Calcutta medical institutions reports 1879-81 [i.e.91]
Year: 1879
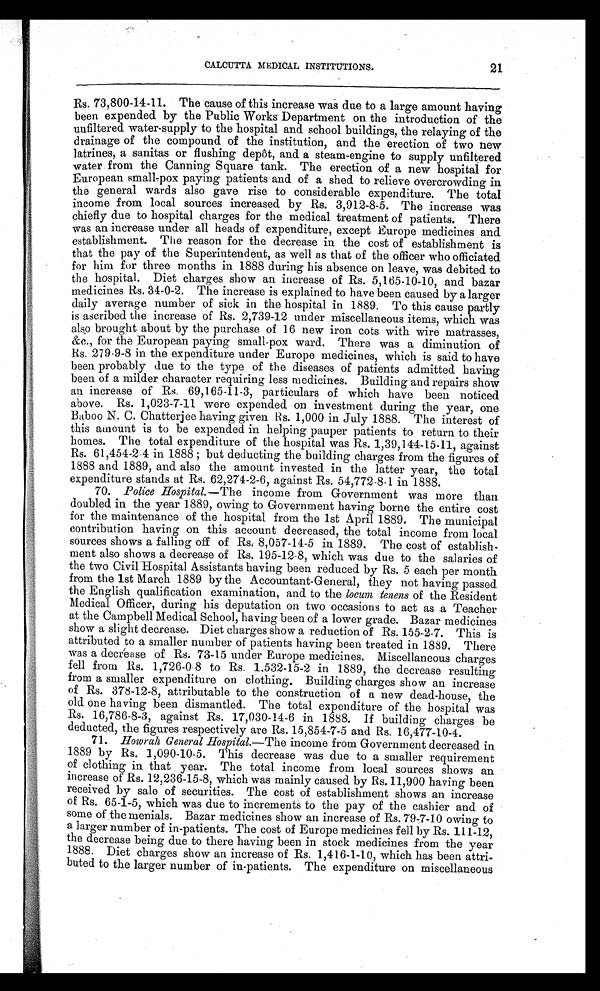
CALCUTTA MEDICAL INSTITUTIONS.
21
Rs. 73,800-14-11. The cause of this increase was due to a large amount having
been expended by the Public Works Department on the introduction of the
unfiltered water-supply to the hospital and school buildings, the relaying of the
drainage of the compound of the institution, and the erection of two new
latrines, a sanitas or flushing depôt, and a steam-engine to supply unfiltered
water from the Canning Square tank. The erection of a new hospital for
European small-pox paying patients and of a shed to relieve overcrowding in
the general wards also gave rise to considerable expenditure. The total
income from local sources increased by Rs. 3,912-8-5. The increase was
chiefly due to hospital charges for the medical treatment of patients. There
was an increase under all heads of expenditure, except Europe medicines and
establishment. The reason for the decrease in the cost of establishment is
that the pay of the Superintendent, as well as that of the officer who officiated
for him for three months in 1888 during his absence on leave, was debited to
the hospital. Diet charges show an increase of Rs. 5,165-10-10, and bazar
medicines Rs. 34-0-2. The increase is explained to have been caused by a larger
daily average number of sick in the hospital in 1889. To this cause partly
is ascribed the increase of Rs. 2,739-12 under miscellaneous items, which was
also brought about by the purchase of 16 new iron cots with wire matrasses,
&c., for the European paying small-pox ward. There was a diminution of
Rs. 279-9-8 in the expenditure under Europe medicines, which is said to have
been probably due to the type of the diseases of patients admitted having
been of a milder character requiring less medicines. Building and repairs show
an increase of Rs. 69,165-11-3, particulars of which have been noticed
above. Rs. 1,023-7-11 were expended on investment during the year, one
Baboo N. C. Chatterjee having given Rs. 1,000 in July 1888. The interest of
this amount is to be expended in helping pauper patients to return to their
homes. The total expenditure of the hospital was Rs. 1,39,144-15-11, against
Rs. 61,454-2-4 in 1888 ; but deducting the building charges from the figures of
1888 and 1889, and also the amount invested in the latter year, the total
expenditure stands at Rs. 62,274-2-6, against Rs. 54,772-8-1 in 1888.
70. Police Hospital.— The income from Government was more than
doubled in the year 1889, owing to Government having borne the entire cost
for the maintenance of the hospital from the 1st April 1889. The municipal
contribution having on this account decreased, the total income from local
sources shows a falling off of Rs. 8,057-14- .5 in 1889. The cost of establish-
ment also shows a decrease of Rs. 195-12-8, which was due to the salaries of
the two Civil Hospital Assistants having been reduced by Rs. 5 each per month
from the 1st March 1889 by the Accountant-General, they not having passe
d
the English qualification examination, and to the locum tenens of the Resident
Medical Officer, during his deputation on two occasions to act as a Teacher
at the Campbell Medical School, having been of a lower grade. Bazar medicines
show a slight decrease. Diet charges show a reduction of Rs. 155-2-7. This is
attributed to a smaller number of patients having been treated in 1889. There
was a decrease of Rs. 73-15 under Europe medicines. Miscellaneous charges
fell from Rs. 1,726-0- 8 to Rs. 1,532-15-2 in 1889, the decrease resulting
from a smaller expenditure on clothing. Building charges show an increase
of Rs. 378-12-8, attributable to the construction of a new dead-house, the
old one having been dismantled. The total expenditure of the hospital was
Rs. 16,786-8-3, against Rs. 17,030-14-6 in 1888. If building charges be
deducted the figures respectively are Rs. 15,854-7-5 and Rs. 16,477-10-4.
71. Howrah General Hospital.—The income from Government decreased in
1889 by Rs. 1,090-10-5. This decrease was due to a smaller requirement
of clothing in that year. The total income from local sources shows an
increase of Rs. 12,236-15-8, which was mainly caused by Rs. 11,900 having been
received by sale of securities. The cost of establishment shows an increase
of Rs. 65-1-5, which was due to increments to the pay of the cashier and of
some of the menials. Bazar medicines show an increase of Rs. 79-7-10 owing to
a larger number of in-patients. The cost of Europe medicines fell by Rs. 111-12
the decrease being due to there having been in stock medicines from the year
1888. Diet charges show an increase of Rs. 1,416-1-10, which has been attri-
buted to the larger number of in-patients. The expenditure on miscellaneous